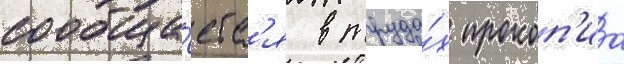
сообща́етс'я в труда́х прокоп'иа